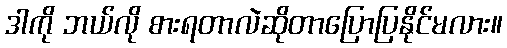
ဒါကို ဘယ်လို စားရတာလဲဆိုတာပြောပြနိုင်မလား။